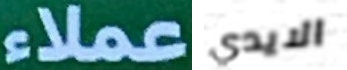
عملاء الايدي